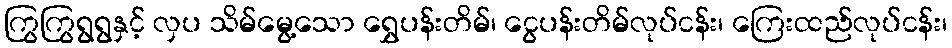
ကြွကြွရွရွနှင့် လှပ သိမ်မွေ့သော ရွှေပန်းတိမ်၊ ငွေပန်းတိမ်လုပ်ငန်း၊ ကြေးထည်လုပ်ငန်း၊